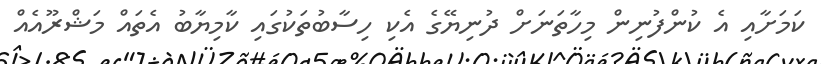
ކަމަށާއި އެ ކުންފުނިން މިހާތަނަށް ދުނިޔޭގެ އެކި ހިސާބުތަކުގައި ކާމިޔާބު އެތައް މަޝްރޫއެއް